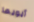
أبويها